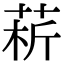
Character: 菥